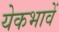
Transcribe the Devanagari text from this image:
येकभावें